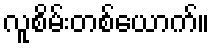
လူစိမ်းတစ်ယောက်။